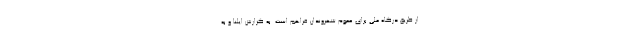
از طریق درگاه ملی برای عموم شهروندان فراهم است. به گزارش ایلنا و به